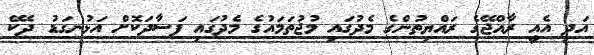
އަދި އެއީ ރާއްޖޭގެ ރައްޔިތުންގެ މެދުގައި މުޖުތަމައުގެ މެދުގައި ފަސާދަކޮށް އަޅުނގަޑު ދެކޭ